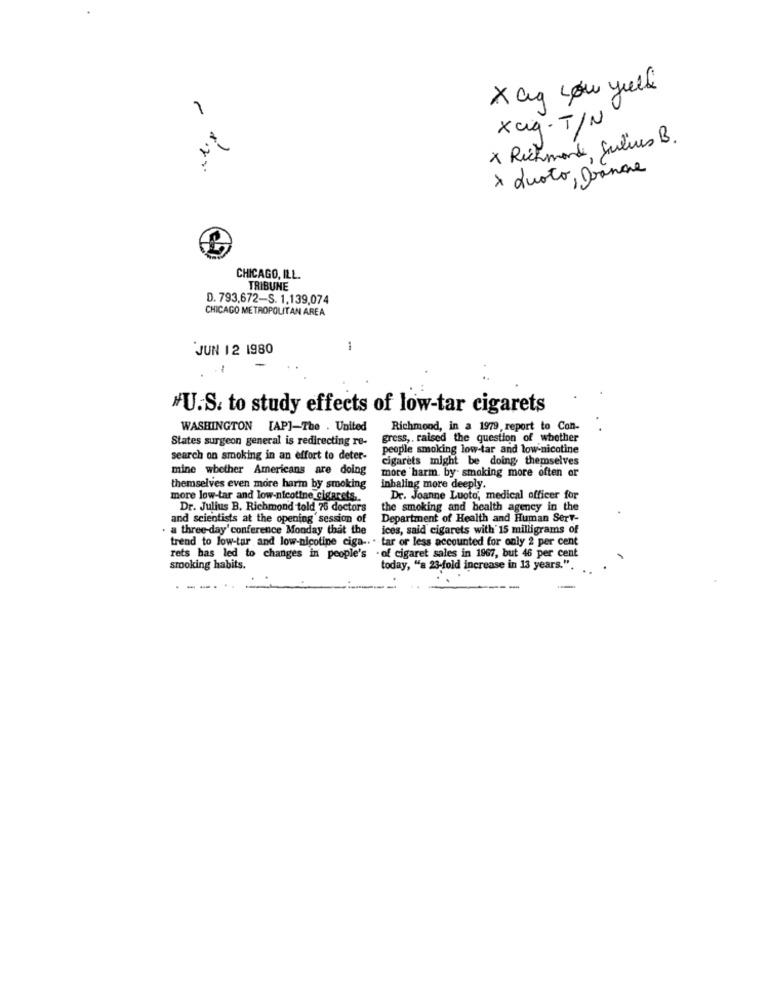
Xaq Low yuli
1
xxiq-T/N
Nº
x Richmond, Julius B.
> Quoto, Doanne
CHICAGO, ILL.
TRIBUNE
D. 793.672-S. 1.139,074
CHICAGO METROPOLITAN AREA
JUN 12 1980
1
.1
*U.S. to study effects of low-tar cigarets
WASHINGTON [AP]-The . United
Richmond, in a 1979, report to Con-
States surgeon general is redirecting re-
gress ,, raised the question of whether
people smoking low-tar and low nicotine
search on smoking in an effort to deter-
cigarets might be doing themselves
mine whether Americans are doing
more "harm. by- smoking more often or
themselves even more harm by smoking
inhaling more deeply.
more low-tar and low-nicotine cigarets ..
Dr. Joanne Luoto, medical officer for
Dr. Julius B. Richmond told 75 doctors
the smoking and health agency in the
and scientists at the opening session of
Department of Health and Human Serv-
· a three-day' conference Monday that the
ices, said cigarets with 15 milligrams of
trend to low-tar and low-nicotine ciga -. . tar or less accounted for only 2 per cent
- of cigaret sales in 1967, but 46 per cent
rets has led to changes in people's
smooking habits.
today, "a 23-fold increase in 13 years.".
---